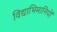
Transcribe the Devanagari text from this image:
विद्याभिमानियों